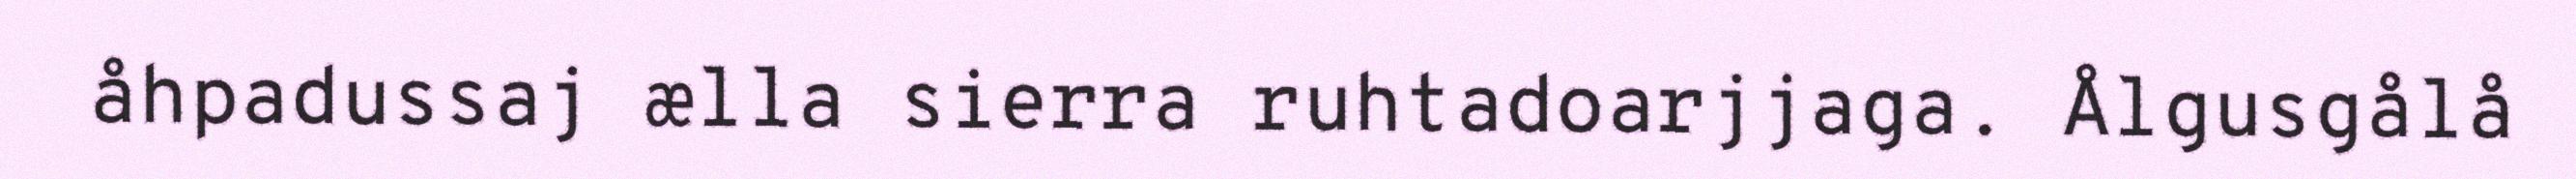
åhpadussaj ælla sierra ruhtadoarjjaga. Ålgusgålå